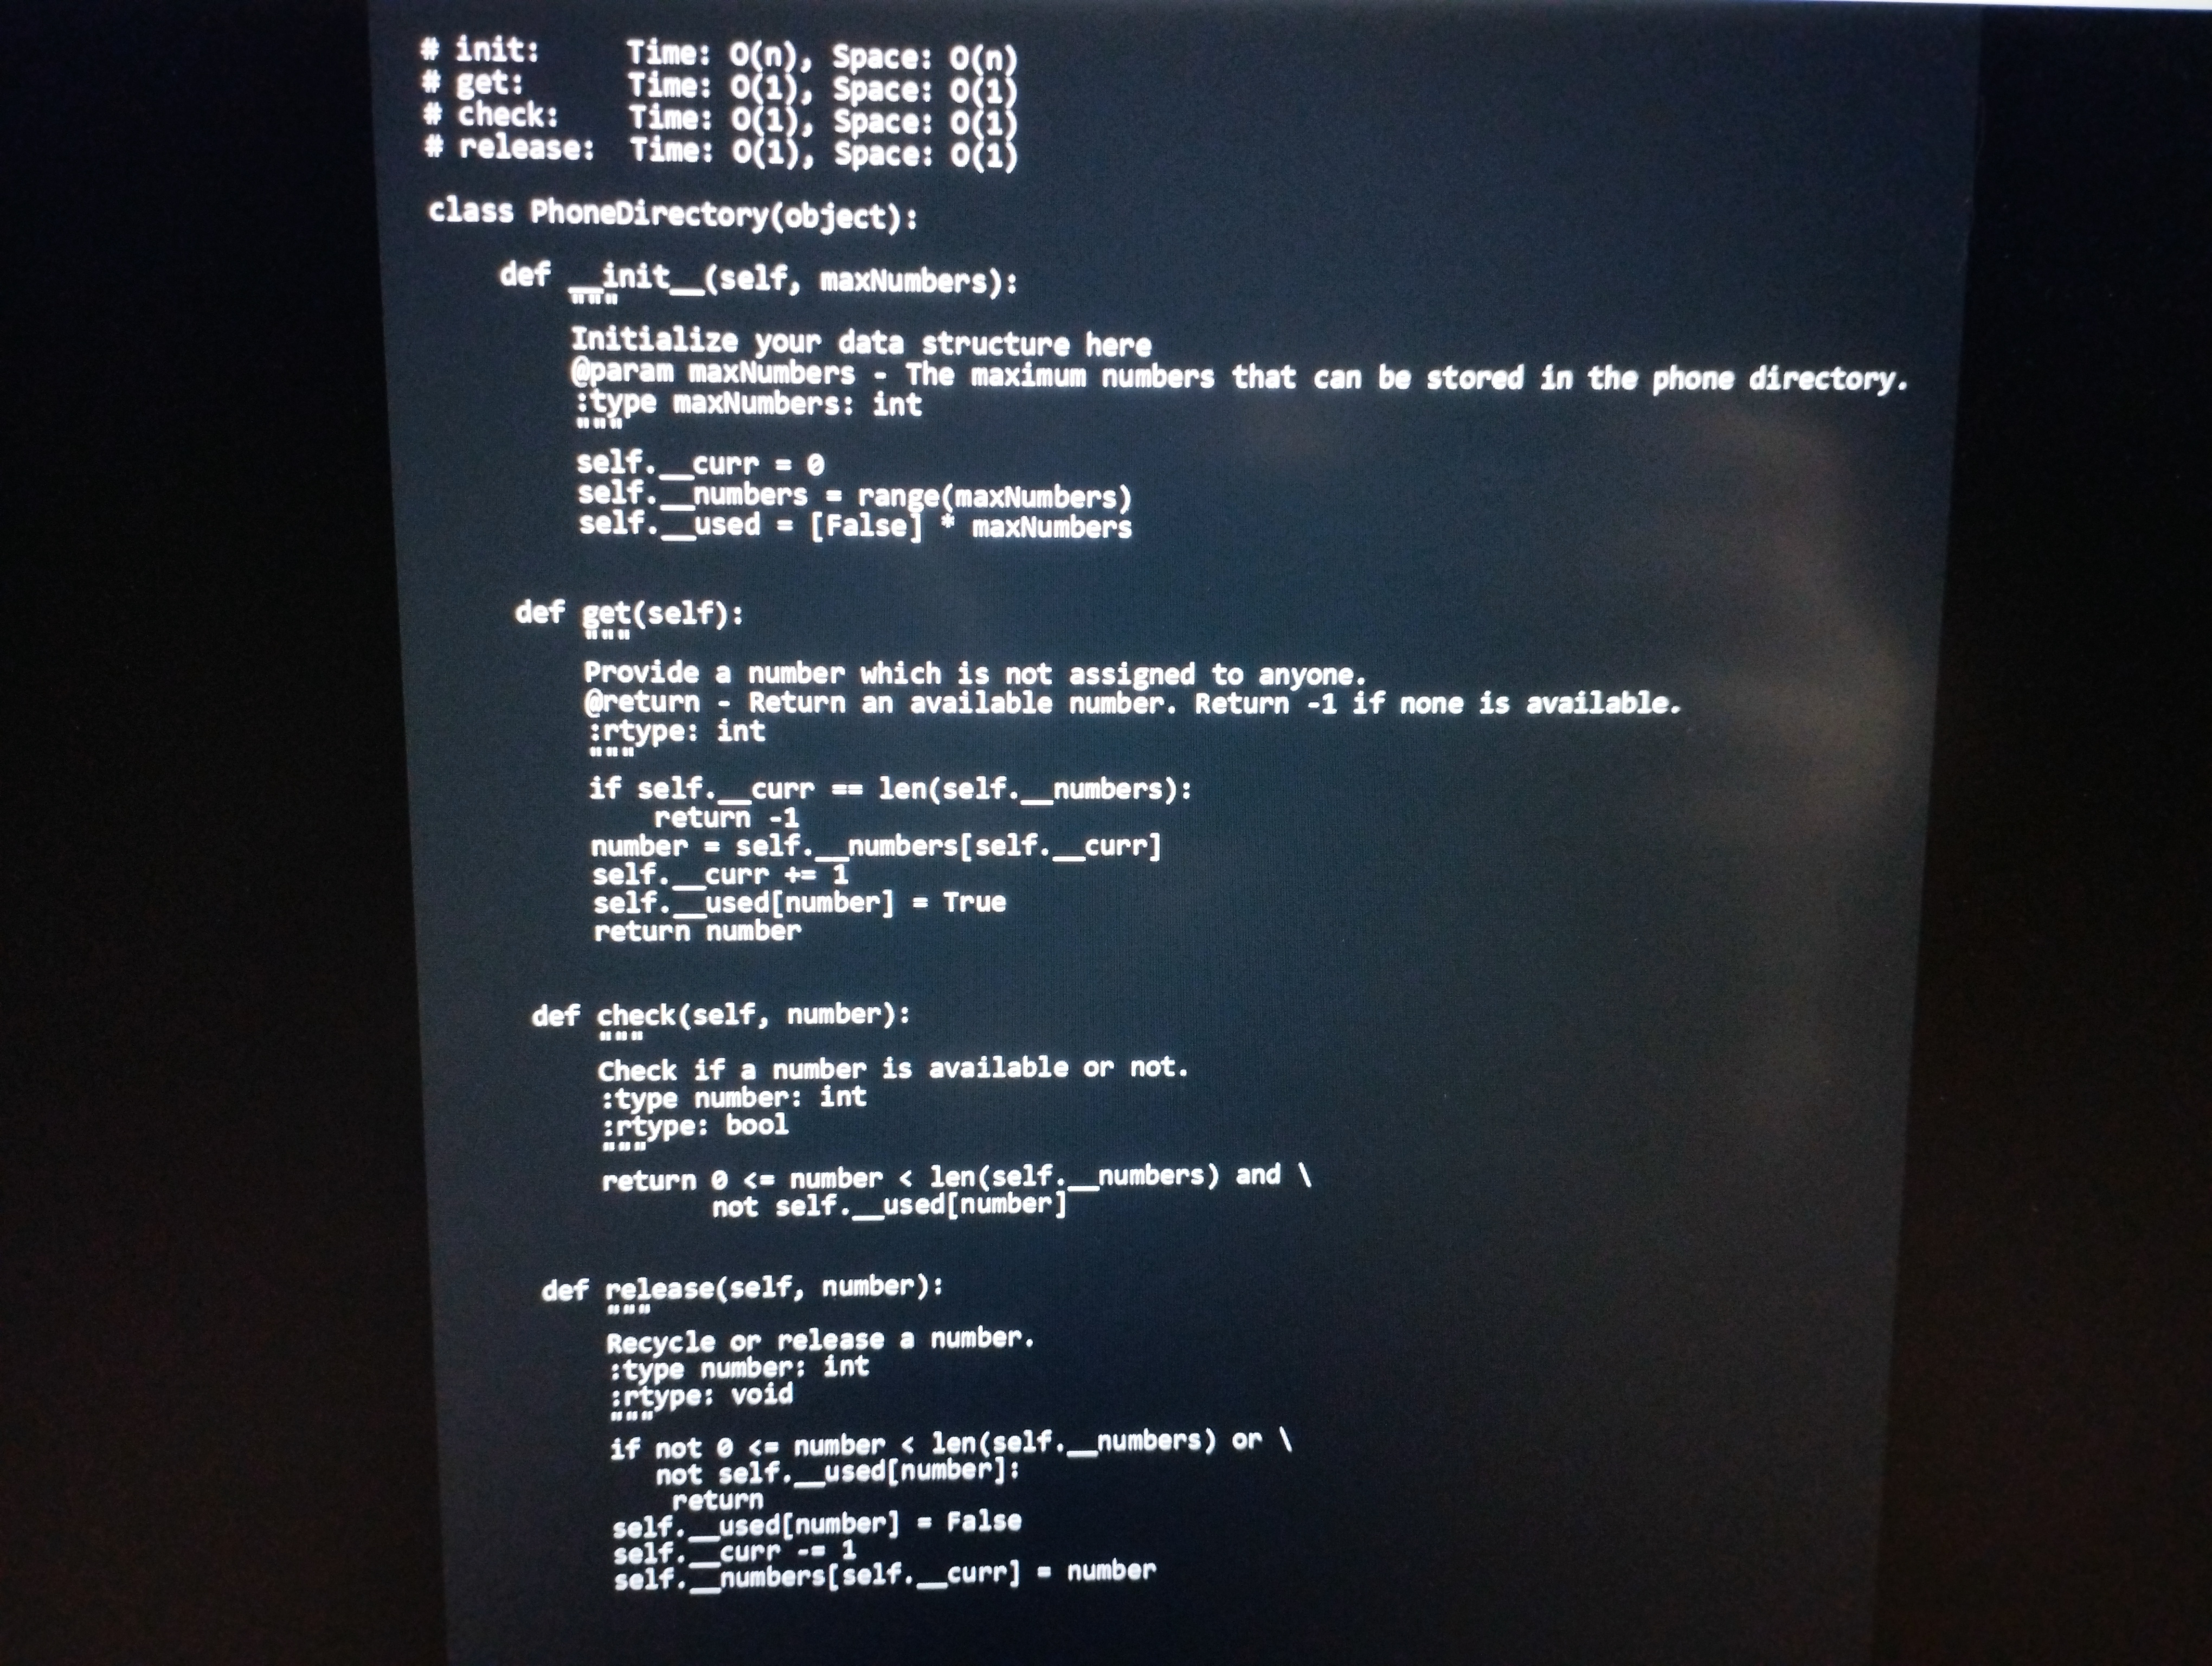
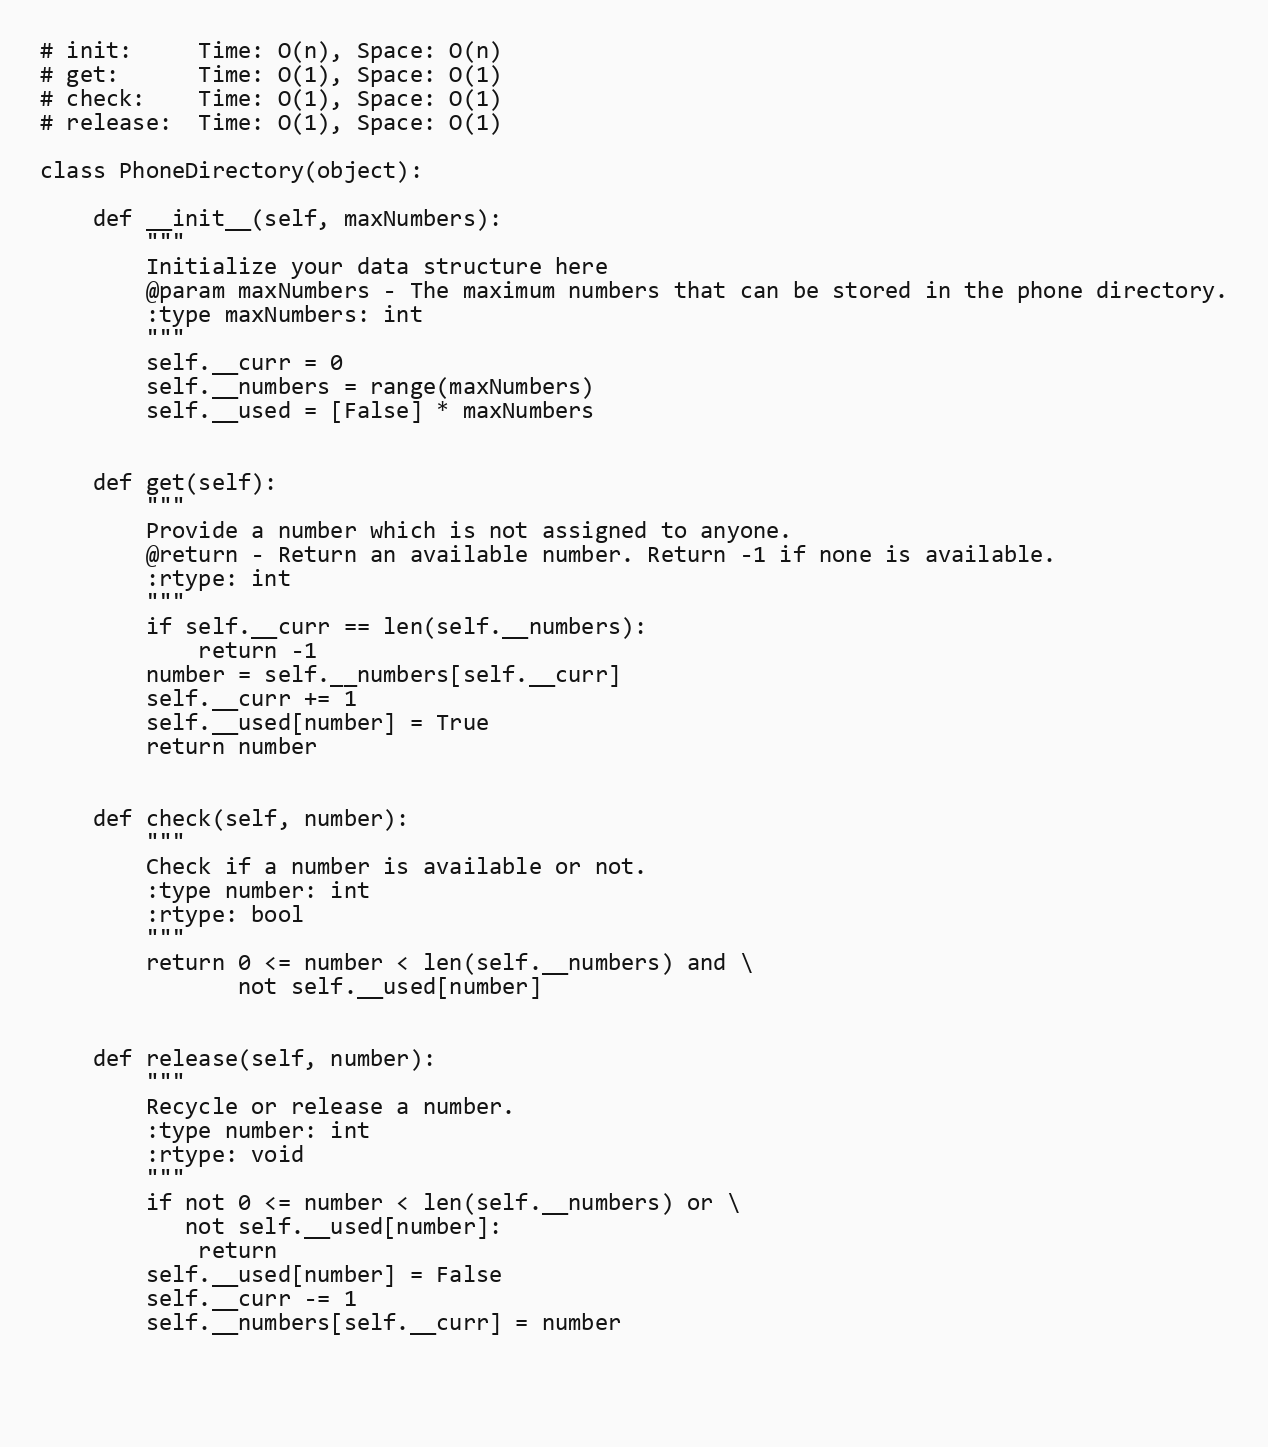
# init:     Time: O(n), Space: O(n)
# get:      Time: O(1), Space: O(1)
# check:    Time: O(1), Space: O(1)
# release:  Time: O(1), Space: O(1)

class PhoneDirectory(object):

    def __init__(self, maxNumbers):
        """
        Initialize your data structure here
        @param maxNumbers - The maximum numbers that can be stored in the phone directory.
        :type maxNumbers: int
        """
        self.__curr = 0
        self.__numbers = range(maxNumbers)
        self.__used = [False] * maxNumbers

    def get(self):
        """
        Provide a number which is not assigned to anyone.
        @return - Return an available number. Return -1 if none is available.
        :rtype: int
        """
        if self.__curr == len(self.__numbers):
            return -1
        number = self.__numbers[self.__curr]
        self.__curr += 1
        self.__used[number] = True
        return number

    def check(self, number):
        """
        Check if a number is available or not.
        :type number: int
        :rtype: bool
        """
        return 0 <= number < len(self.__numbers) and \
               not self.__used[number]

    def release(self, number):
        """
        Recycle or release a number.
        :type number: int
        :rtype: void
        """
        if not 0 <= number < len(self.__numbers) or \
           not self.__used[number]:
            return
        self.__used[number] = False
        self.__curr -= 1
        self.__numbers[self.__curr] = number